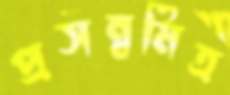
প্রসন্নমিত্র